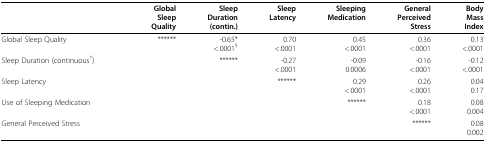
|  | GlobalSleepQuality | SleepDuration(contin.) | SleepLatency | SleepingMedication | GeneralPerceivedStress | BodyMassIndex |
 | --- | --- | --- | --- | --- | --- | --- |
 | Global Sleep Quality | ****** | -0.65*<.0001§ | 0.70<.0001 | 0.45<.0001 | 0.36<.0001 | 0.13<.0001 |
 | Sleep Duration (continuous†) |  | ****** | -0.27<.0001 | -0.090.0006 | -0.16<.0001 | -0.12<.0001 |
 | Sleep Latency |  |  | ****** | 0.29<.0001 | 0.26<.0001 | 0.040.17 |
 | Use of Sleeping Medication |  |  |  | ****** | 0.18<.0001 | 0.080.004 |
 | General Perceived Stress |  |  |  |  | ****** | 0.080.002 |